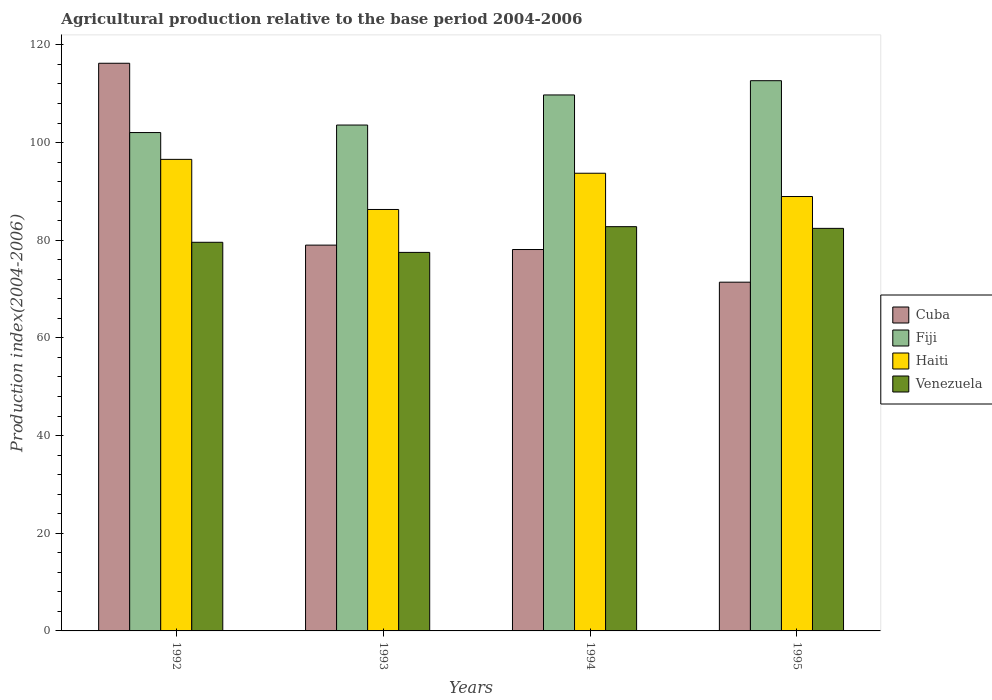
| Years | Cuba | Fiji | Haiti | Venezuela |
 | --- | --- | --- | --- | --- |
 | 1992 | 116 | 102 | 96.6 | 79.6 |
 | 1993 | 79 | 104 | 86.3 | 77.5 |
 | 1994 | 78.1 | 110 | 93.7 | 82.8 |
 | 1995 | 71.4 | 113 | 89 | 82.4 |